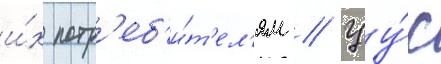
и́х потр'еб'и́т'ел'ям // Цу́с